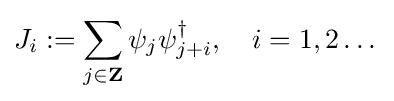
J_{i}:=\sum _{j\in \mathbf {Z} }\psi _{j}\psi _{j+i}^{\dagger },\quad i=1,2\dots